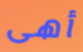
أهى